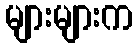
များများက